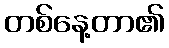
တစ်နေ့တာ၏